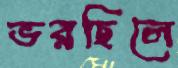
ভরছিলে